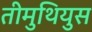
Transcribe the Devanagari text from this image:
तीमुथियुस